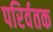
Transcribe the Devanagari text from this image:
परिर्वतक